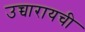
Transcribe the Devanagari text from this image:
उच्चारायची